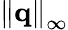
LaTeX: {{{\left\| {\mathbf{q}}\right\| }_{\infty}}}